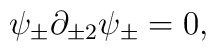
\psi_{\pm}\partial_{\pm2}\psi_{\pm}=0,